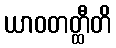
ယာဝတတ္ထီတိ